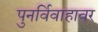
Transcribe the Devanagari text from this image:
पुनर्विवाहावर